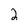
Character: 2